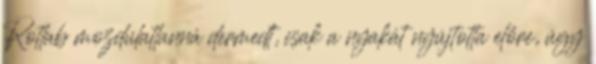
Rotlab mozdulatlanná dermedt, csak a nyakát nyújtotta előre, úgy